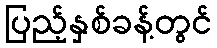
ပြည့်နှစ်ခန့်တွင်